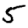
Digit: 5